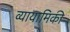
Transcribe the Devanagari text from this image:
व्यायामिकी